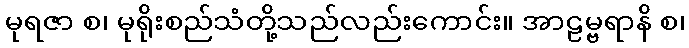
မုရဇာ စ၊ မုရိုးစည်သံတို့သည်လည်းကောင်း။ အာဠမ္ဗရာနိ စ၊